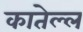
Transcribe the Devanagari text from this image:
कातेल्ल